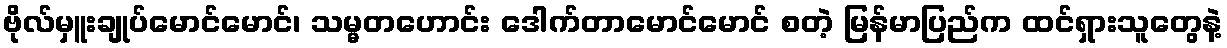
ဗိုလ်မှူးချုပ်မောင်မောင်၊ သမ္မတဟောင်း ဒေါက်တာမောင်မောင် စတဲ့ မြန်မာပြည်က ထင်ရှားသူတွေနဲ့